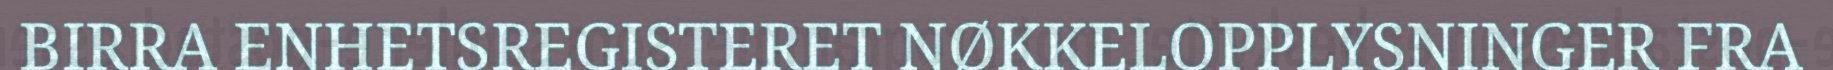
BIRRA ENHETSREGISTERET NØKKELOPPLYSNINGER FRA